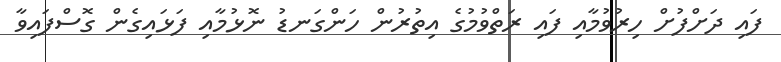
ފައި ދަށްފުށް ހިރުވުމާއި ފައި ރަތްވުމުގެ އިތުރުން ހަންގަނޑު ނޮޅުމާއި ފަޅައިގެން ގޮސްފައިވާ